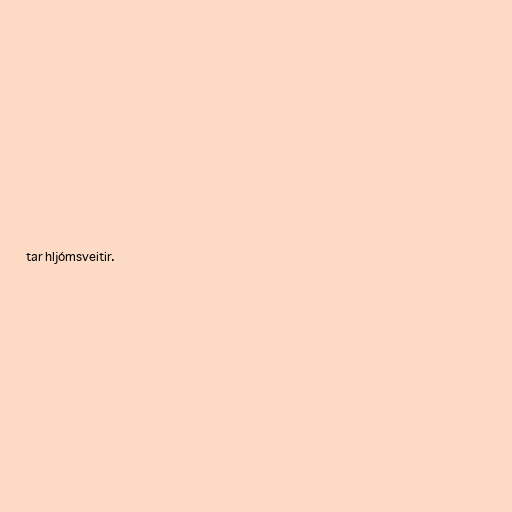
tar hljómsveitir.